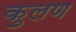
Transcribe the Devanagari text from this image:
कुलण